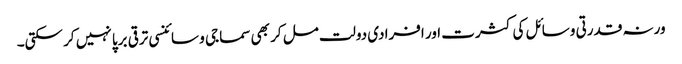
ورنہ قدرتی وسائل کی کثرت اور افرادی دولت مل کر بھی سماجی و سائنسی ترقی برپا نہیں کر سکتی۔